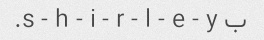
ب s - h - i - r - l - e - y.